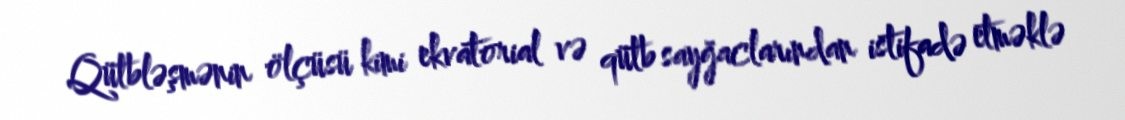
Qütbləşmənin ölçüsü kimi ekvatorial və qütb sayğaclarından istifadə etməklə